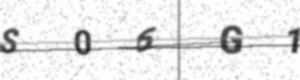
Text: S06G1